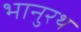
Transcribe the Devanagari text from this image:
भानुरथ